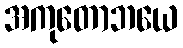
အကုတောဘယေ